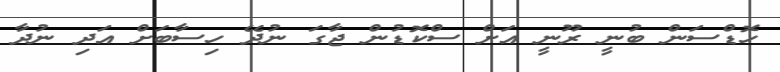
ހޮޑްސަން ބުނީ ރޫނީ އަށް ސްކޮޑުން ޖާގަ ނުދޭ ހިސާބަށް އަދި ނުދާ